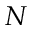
N